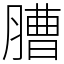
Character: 䐬